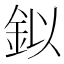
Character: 鉯